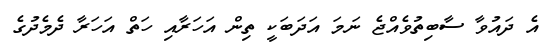
އެ ދައުވާ ސާބިތުވެއްޖެ ނަމަ އަދަބަކީ ތިން އަހަރާއި ހަތް އަހަރާ ދެމެދުގެ